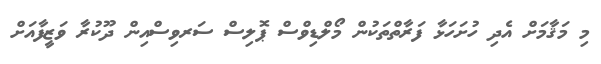
މި މަޤާމަށް އެދި ހުށަހަޅާ ފަރާތްތަކުން މޯލްޑިވްސް ޕޮލިސް ސަރވިސްއިން ދޫކުރާ ވަޒީފާއަށް